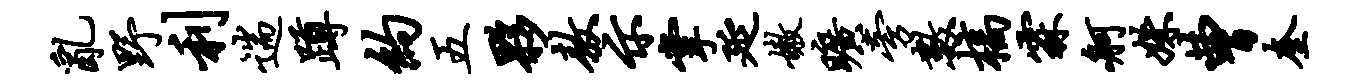
乱野利遄蹲约五夥敖示掌延嫩旷旁数槁霖舸姝曹奎